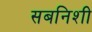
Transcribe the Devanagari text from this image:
सबनिशी